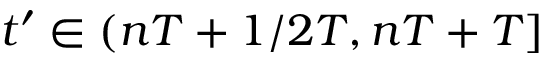
t ^ { \prime } \in ( n T + 1 / 2 T , n T + T ]